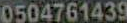
0504761439